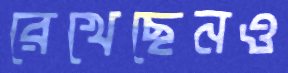
রেখেছেনও